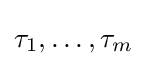
\tau _{1},\dots ,\tau _{m}